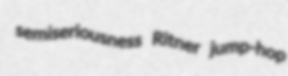
semiseriousness Ritner jump-hop